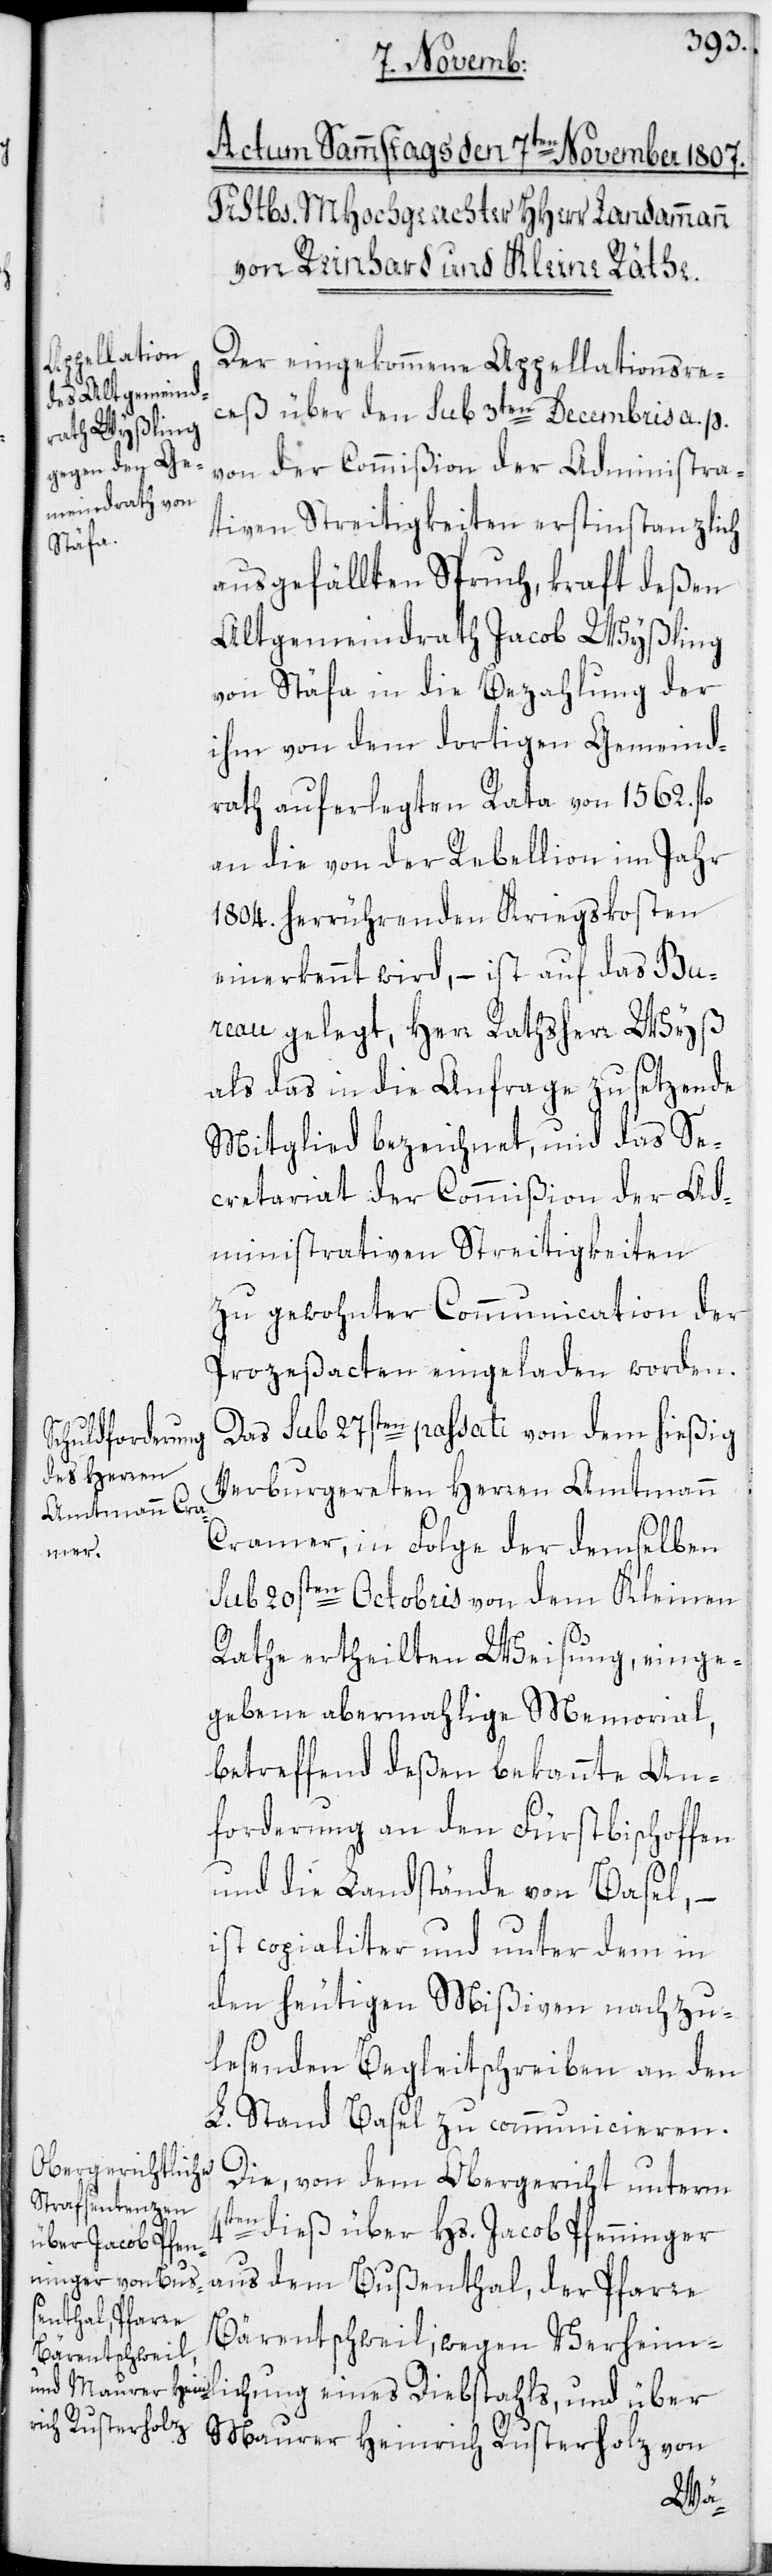
Der eingekommene Appellationsre¬
ceß über den sub 3ten Decembris a. p.
von der Commißion der Administra¬
tiven Streitigkeiten erstinstanzlich
ausgefällten Spruch, kraft deßen
Altgemeindrath Jacob Wyßling
von Stäfa in die Bezahlung der
ihm von dem dortigen Gemeind¬
rath auferlegten Rata von 1562. fl.
an die von der Rebellion im Jahr
1804. herrührenden Kriegskosten
einerkennt wird, – ist auf das Bu¬
reau gelegt, Herr Rathsherr Wyß
als das in die Anfrage zu setzende
Mitglied bezeichnet, und das Se¬
cretariat der Commißion der Ad¬
ministrativen Streitigkeiten
zu gewohnter Communication der
Prozeßacten eingeladen worden.
Das sub 27sten passati von dem hießig
Verburgereten Herren Amtmann
Cramer, in Folge der demselben
sub 20sten Octobris von dem Kleinen
Rathe ertheilten Weisung, einge¬
gebene abermahlige Memorial,
betreffend deßen bekannte An¬
forderung an den Fürstbischoffen
und die Landstände von Basel, –
ist copialiter und unter dem in
den heutigen Mißiven nachzu¬
lesenden Begleitschreiben an den
L. Stand Basel zu communicieren.
Die, von dem Obergericht unterm
4ten
dieß über Hs. Jacob Pfenninger
aus dem Bußenthal, der Pfarre
Bärentschweil, wegen Verheiml¬
ichung eines Diebstahls; und über
Maurer Heinrich Rusterholz von